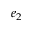
e _ { 2 }